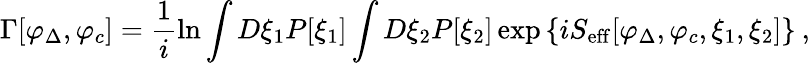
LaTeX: \Gamma[\varphi_{\Delta},\varphi_{c}]=\frac{1}{i}\ln\int D\xi_{1}P[\xi_{1}]\int D\xi_{2}P[\xi_{2}]\exp\left\{ iS_{\mathrm{eff}}[\varphi_{\Delta},\varphi_{c},\xi_{1},\xi_{2}]\right\} \: ,